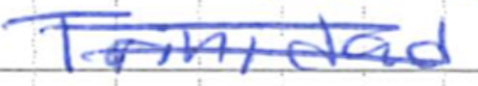
Text: Trinidad
Cross-out: double-line
Writing tool: ballpoint